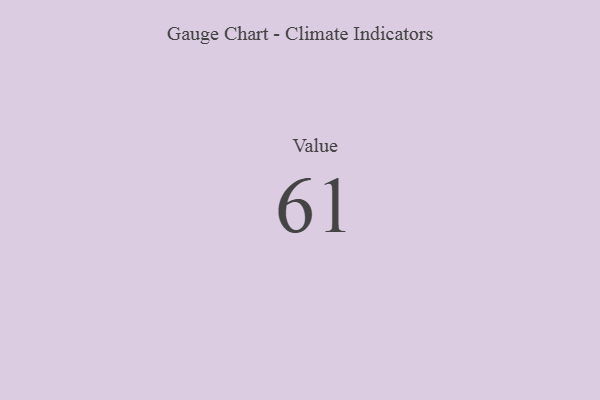
{"axis": {"x": "Metric", "y": "Value"}, "legend": [""], "data": [{"x": "Value", "y": 61, "type": ""}]}